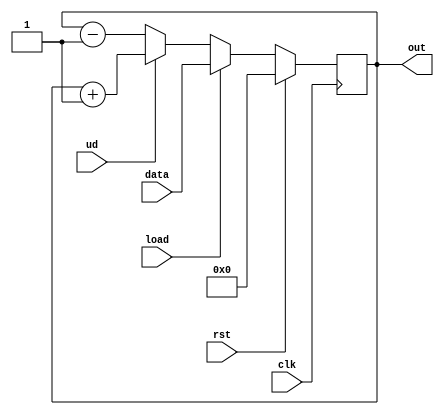
`timescale 1ns / 1ps
module up_down_counter(input clk,rst,ud,load,input [3:0] data,output reg [3:0] out);
always @(posedge clk)
begin
    if(rst)
        out<=0;
    else if(load)
        out<=data;
    else if(ud)
        out<=out+1;
    else
        out<=out-1;
    end
endmodule